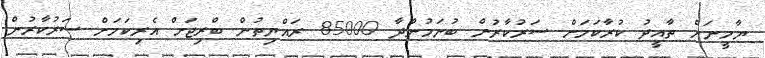
ޔާމީނަށް ތާއީދު ކުރާކަމަށް ސަރުކާރުން ބުނަމުންދާ 85000 ރައްޔިތުން ބްރިޖަށް އެރިކަމަށް ސަރުކާރުން